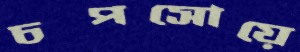
চপসোয়ে